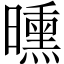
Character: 曛